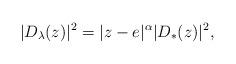
LaTeX: \begin{align*}|D_\lambda(z)|^2 = |z-e|^\alpha |D_*(z)|^2,\end{align*}